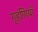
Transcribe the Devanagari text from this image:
गृहणियाँ